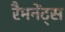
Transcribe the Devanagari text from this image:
रैमनेंट्स